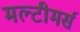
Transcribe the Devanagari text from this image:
मल्टीमर्स